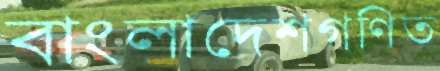
বাংলাদেশগণিত